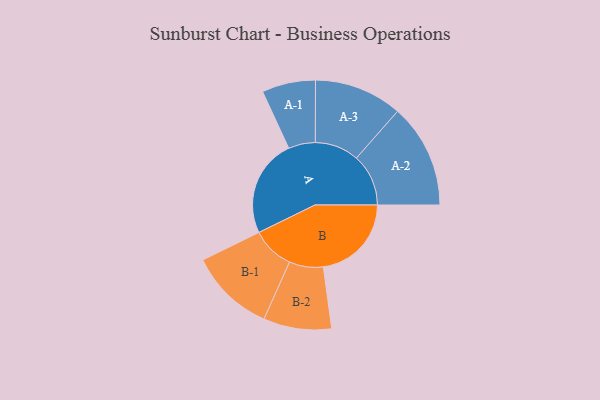
{"axis": {"x": "Segment", "y": "Value"}, "legend": ["", "A", "B"], "data": [{"x": "A", "y": 488, "type": ""}, {"x": "B", "y": 440, "type": ""}, {"x": "A-1", "y": 134, "type": "A"}, {"x": "A-2", "y": 260, "type": "A"}, {"x": "A-3", "y": 220, "type": "A"}, {"x": "B-1", "y": 213, "type": "B"}, {"x": "B-2", "y": 170, "type": "B"}]}